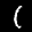
Label: 1